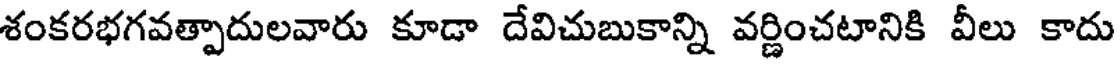
శంకరభగవత్పాదులవారు కూడా దేవిచుబుకాన్ని వర్ణించటానికి వీలు కాదు